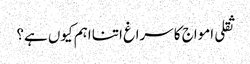
ثقلی امواج کا سراغ اتنا اہم کیوں ہے؟